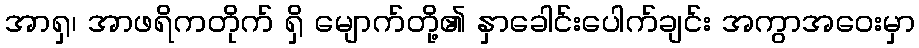
အာရှ၊ အာဖရိကတိုက် ရှိ မျောက်တို့၏ နှာခေါင်းပေါက်ချင်း အကွာအဝေးမှာ